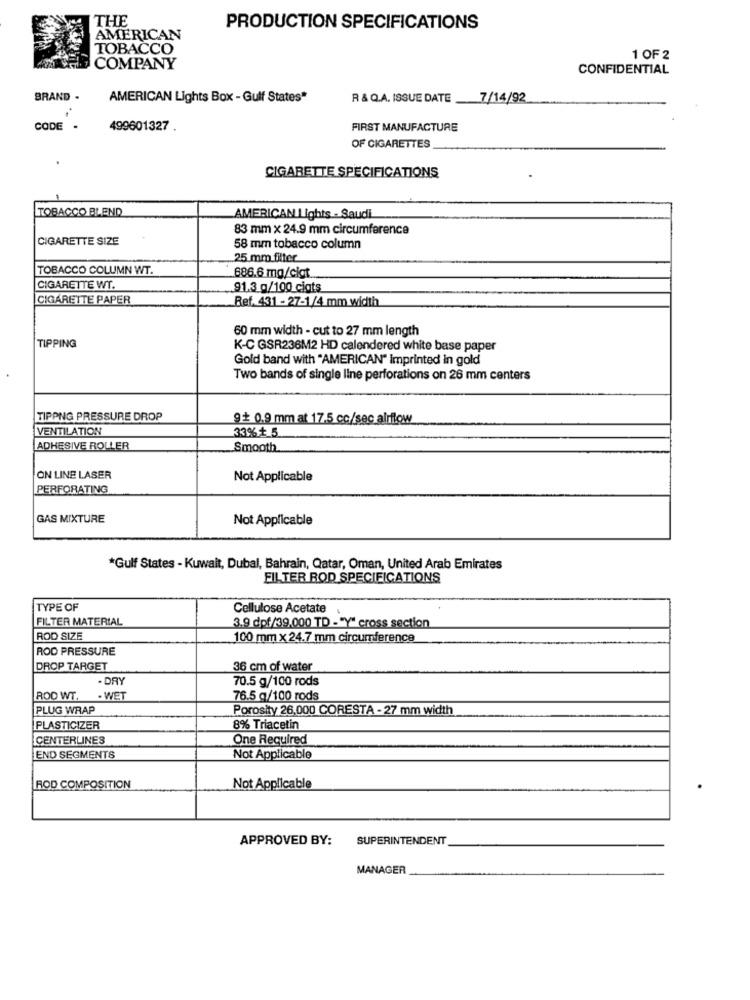
THE
PRODUCTION SPECIFICATIONS
AMERICAN
TOBACCO
1 OF 2
COMPANY
CONFIDENTIAL
BRAND .
AMERICAN Lights Box - Gulf States"
R & Q.A. ISSUE DATE 7/14/92
CODE
499601327 .
FIRST MANUFACTURE
OF CIGARETTES
CIGARETTE SPECIFICATIONS
TOBACCO BLEND
AMERICAN Lights - Saudi
83 mm x 24.9 mm circumference
CIGARETTE SIZE
58 mm tobacco column
25 mm filter
TOBACCO COLUMN WT.
686.6 mg/cigt
CIGARETTE WT.
91.3 g/100 cigts
CIGARETTE PAPER
Ref. 431 - 27-1/4 mm width
60 mm width - cut to 27 mm length
TIPPING
K-C GSR236M2 HD calendered white base paper
Gold band with "AMERICAN" imprinted in gold
Two bands of single line perforations on 26 mm centers
TIPPNG PRESSURE DROP
9+ 0.9 mm at 17.5 cc/sec airflow
VENTILATION
33% +_5
ADHESIVE ROLLER
Smooth
ON LINE LASER
Not Applicable
PERFORATING
GAS MIXTURE
Not Applicable
*Gulf States - Kuwait, Dubal, Bahrain, Qatar, Oman, United Arab Emirates
FILTER ROD SPECIFICATIONS
TYPE OF
Cellulose Acetate
FILTER MATERIAL
3.9 dpf/39,000 TD -"Y" cross section
ROD SIZE
100 mm x 24.7 mm circumference
ROD PRESSURE
DROP TARGET
36 cm of water
- DAY
70.5 g/100 rods
ROD WT.
- WET
76.5 g/100 rods
PLUG WRAP
Porosity 26,000 CORESTA - 27 mm width
PLASTICIZER
8% Triacetin
CENTERLINES
One Required
END SEGMENTS
Not Applicable
ROD COMPOSITION
Not Applicable
APPROVED BY:
SUPERINTENDENT
MANAGER